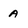
Character: a